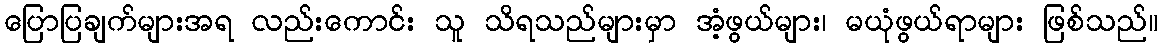
ပြောပြချက်များအရ လည်းကောင်း သူ သိရသည်များမှာ အံ့ဖွယ်များ၊ မယုံဖွယ်ရာများ ဖြစ်သည်။